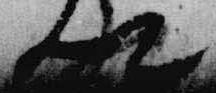
卿